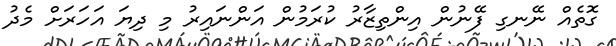
ގޮތެއް ނޭނގި ފޭނުން އިންތިޒާރު ކުރަމުން އަންނައިރު މި ދިޔަ އަހަރަށް މެދު